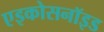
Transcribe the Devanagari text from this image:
एइकोसनॉइड